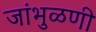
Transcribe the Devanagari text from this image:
जांभुळणी